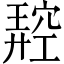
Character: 𥧪